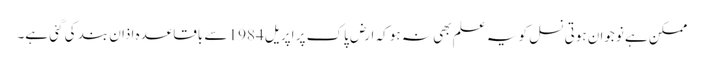
ممکن ہے نوجوان ہوتی نسل کو یہ علم بھی نہ ہو کہ ارض پاک پر اپریل 1984 سے باقاعدہ اذان بند کی گئی ہے۔